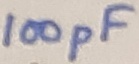
Text: 100pF